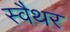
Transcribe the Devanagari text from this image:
स्वैथर